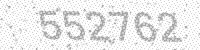
Solution: 552762